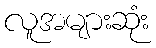
လူအများဆုံး